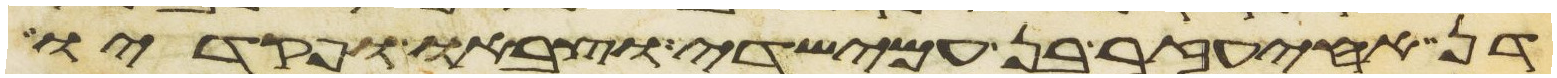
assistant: דן אחיעזר בן עמישדי וצבאו ופקדיו